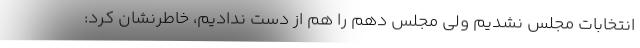
انتخابات مجلس نشدیم ولی مجلس دهم را هم از دست ندادیم، خاطرنشان کرد: